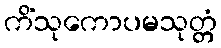
ကိံသုကောပမသုတ္တံ